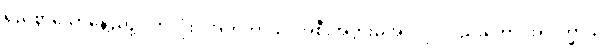
ရှည်စွာသောနေ့ညဉ့်ပတ်လုံး။ အဟိတာယ၊ အစီးအပွားမဲ့အလိုငှာလည်းကောင်း။ ဒုက္ခာယ၊